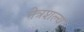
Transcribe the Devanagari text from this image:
नेत्रशल्य